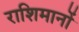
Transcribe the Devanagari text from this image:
राशिमानों